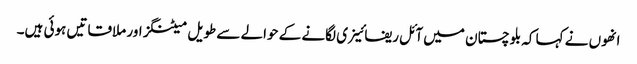
انھوں نے کہا کہ بلوچستان میں آئل ریفائینری لگانے کے حوالے سے طویل میٹنگز اور ملاقاتیں ہوئی ہیں۔